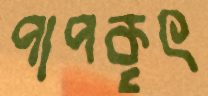
পাপকৃৎ